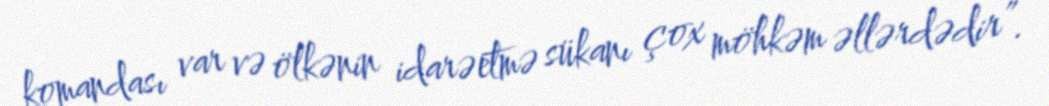
komandası var və ölkənin idarəetmə sükanı çox möhkəm əllərdədir”.